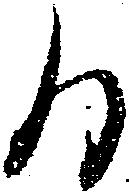
日